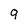
Character: 9